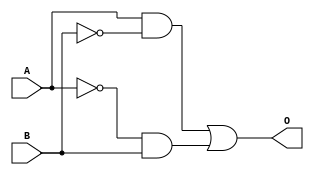
module XOR_gate (
    input A,
    input B,
    output O
);

assign O = (A & ~B) | (~A & B);

endmodule